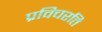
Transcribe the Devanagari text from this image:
प्रविचरति